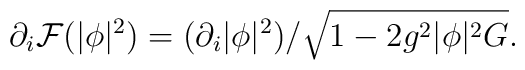
\partial_i{\cal F}(|\phi|^2)=(\partial_i |\phi|^2)/\sqrt{1-2g^2|\phi|^2 G}.